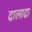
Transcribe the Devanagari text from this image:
दालादा